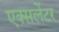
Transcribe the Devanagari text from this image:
एक्सलेंटर